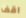
اقف